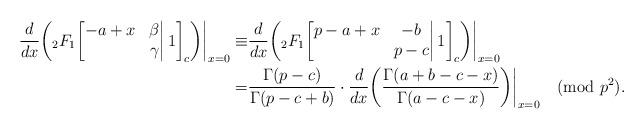
LaTeX: \begin{align*}\frac{d}{dx}\bigg({}_2F_1\bigg[\begin{matrix}-a+x&\beta\\&\gamma\end{matrix}\bigg|\,1\bigg]_c\bigg)\bigg|_{x=0}\equiv&\frac{d}{dx}\bigg({}_2F_1\bigg[\begin{matrix}p-a+x&-b\\&p-c\end{matrix}\bigg|\,1\bigg]_c\bigg)\bigg|_{x=0}\\=&\frac{\Gamma(p-c)}{\Gamma(p-c+b)}\cdot \frac{d}{dx}\bigg(\frac{\Gamma(a+b-c-x)}{\Gamma(a-c-x)}\bigg)\bigg|_{x=0}\pmod{p^2}.\end{align*}